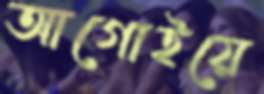
আগোইয়ে